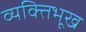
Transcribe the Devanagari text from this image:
व्यक्तिभूख